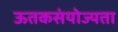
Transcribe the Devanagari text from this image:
ऊतकसंयोज्यता